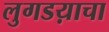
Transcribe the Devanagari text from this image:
लुगडय़ाचा